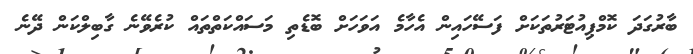
ބާރުގަދަ ކޮމްޕިއުޓަރުތަކަށް ފަސޭހައިން އެހާމެ އަވަހަށް ބޮޑެތި މަސައްކަތްތައް ކުރެވޭނެ ގާބިލްކަން ދޭނެ